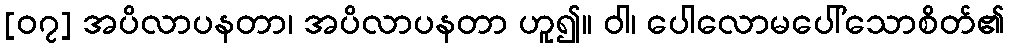
[၀၇] အပိလာပနတာ၊ အပိလာပနတာ ဟူ၍။ ဝါ၊ ပေါလောမပေါ်သောစိတ်၏